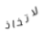
لاتخاذ